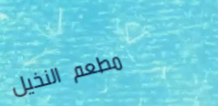
مطعم النخيل